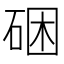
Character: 硱